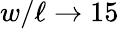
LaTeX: w/\ell\rightarrow 15